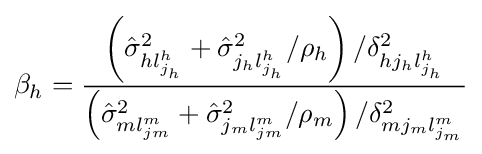
\beta _{h}={\frac {\left({\hat {\sigma }}_{hl_{j_{h}}^{h}}^{2}+{\hat {\sigma }}_{j_{h}l_{j_{h}}^{h}}^{2}/\rho _{h}\right)/{\delta _{hj_{h}l_{j_{h}}^{h}}^{2}}}{\left({\hat {\sigma }}_{ml_{jm}^{m}}^{2}+{\hat {\sigma }}_{j_{m}l_{jm}^{m}}^{2}/\rho _{m}\right)/{\delta _{mj_{m}l_{j_{m}}^{m}}^{2}}}}